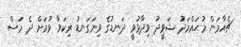
ޗެއާމަން މުޙައްމަދު ޝަވީދު ވިދާޅުވީ ދަނޑުގެ ވިނަގަނޑު ރިކަވާ ވުމަށް ދެ މަސް